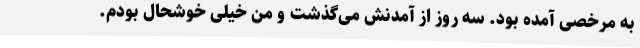
به مرخصی آمده بود. سه روز از آمدنش می‌گذشت و من خیلی خوشحال بودم.